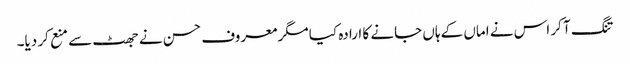
تنگ آ کر اس نے اماں کے ہاں جانے کا ارادہ کیا مگر معروف حسن نے جھٹ سے منع کر دیا۔